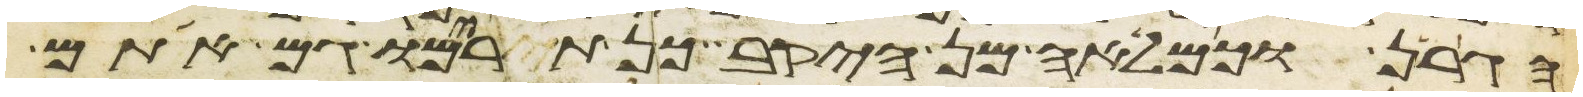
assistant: הגרן וכמלאה מן היקב כן תרימו גם אתם